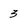
Character: 3